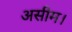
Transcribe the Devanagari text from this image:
असीम।